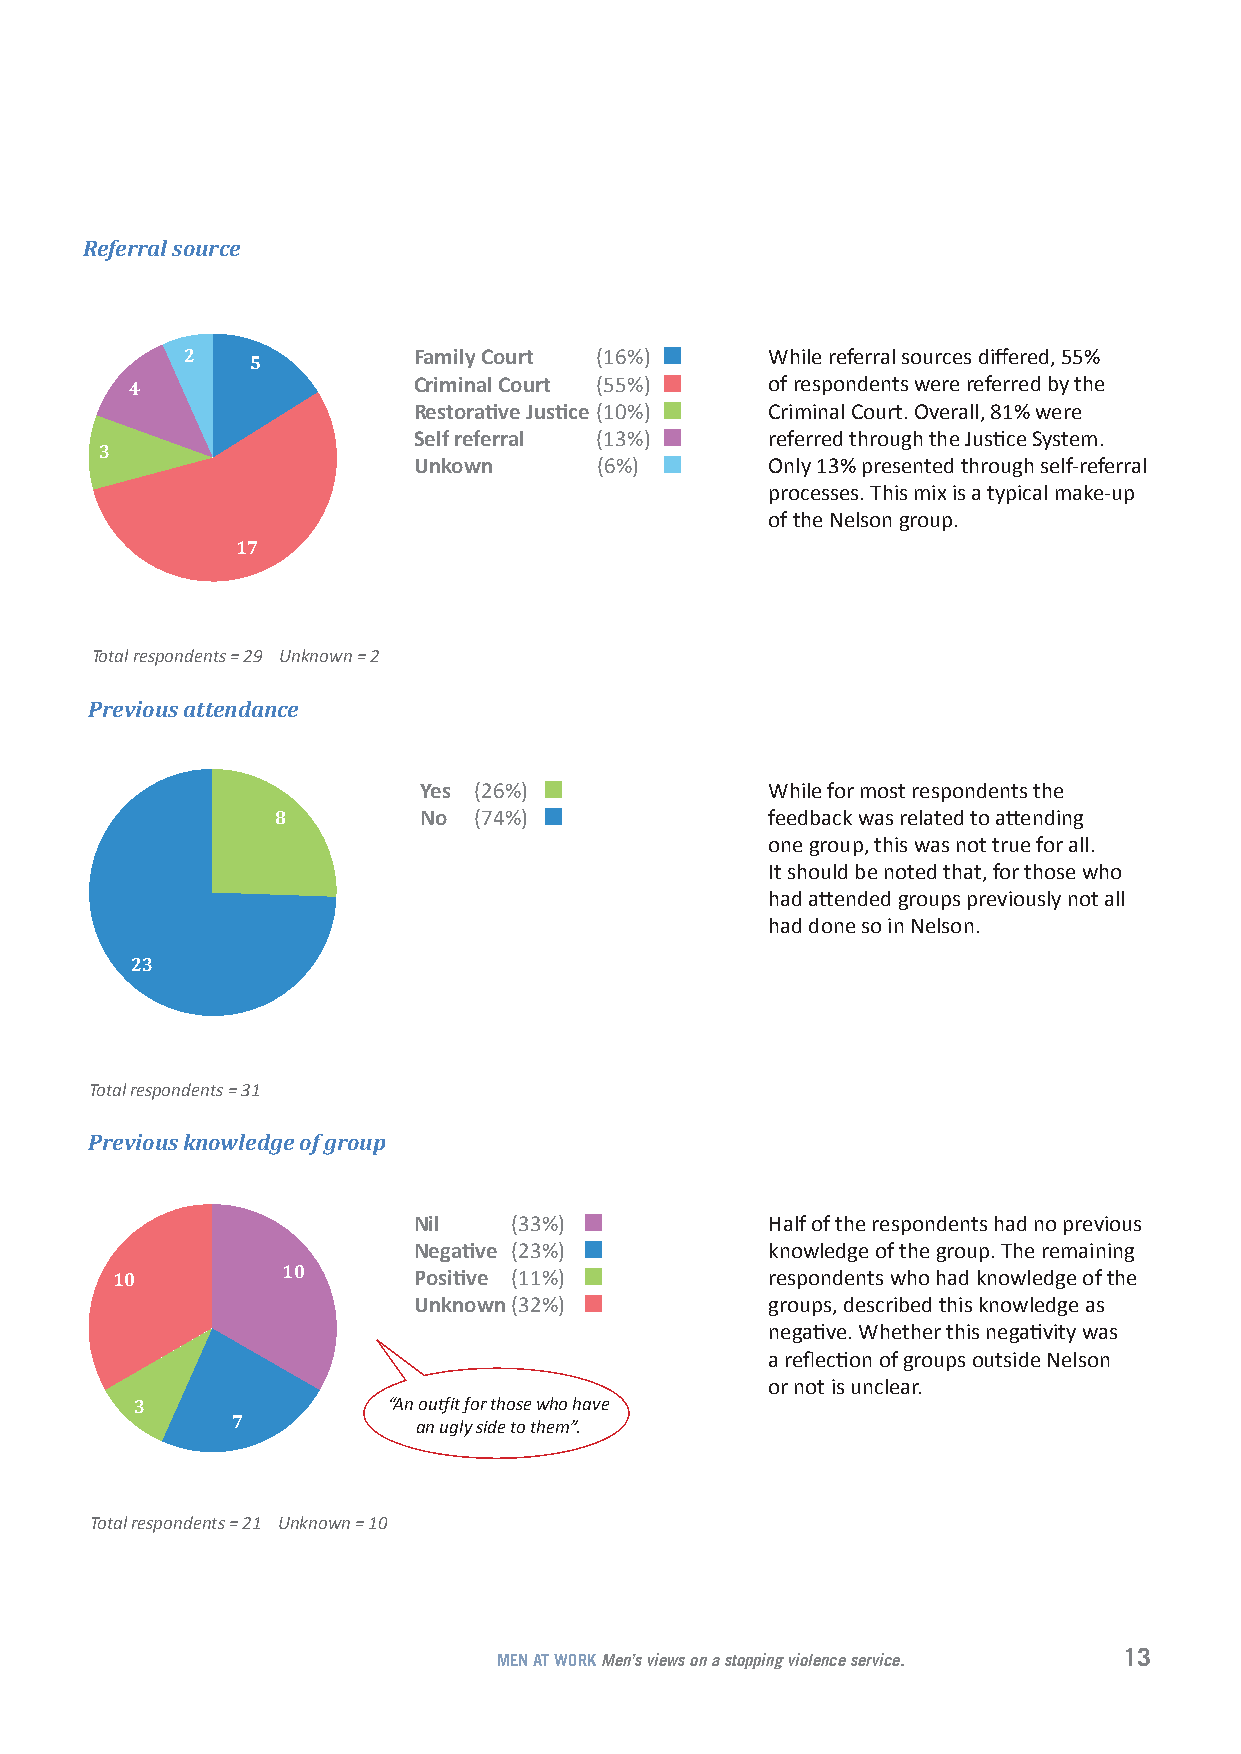
Referral source
 2    5         Family Court (16%)      While referral sources differed, 55%
 4                 Criminal Court (55%)    of respondents were referred by the
 Restorative Justice (10%) Criminal Court. Overall, 81% were
 Self referral (13%)     referred through the Justice System.
 3
 Unkown       (6%)       Only 13% presented through self-referral
 processes. This mix is a typical make-up
 of the Nelson group.
 17
 Total respondents = 29 Unknown = 2
 Previous attendance
 Yes (26%)              While for most respondents the
 8         No (74%)               feedback was related to attending
 one group, this was not true for all.
 It should be noted that, for those who
 had attended groups previously not all
 had done so in Nelson.
 23
 Total respondents = 31
 Previous knowledge of group
 Nil    (33%)            Half of the respondents had no previous
 Negative (23%)          knowledge of the group. The remaining
 10          10      Positive (11%)          respondents who had knowledge of the
 Unknown (32%)           groups, described this knowledge as
 negative. Whether this negativity was
 a reflection of groups outside Nelson
 or not is unclear.
 3                “An outfit for those who have
 7            an ugly side to them”.
 Total respondents = 21 Unknown = 10
 13
 MEN AT WORK Men’s views on a stopping violence service.